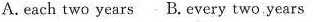
A.each two years B.every two years